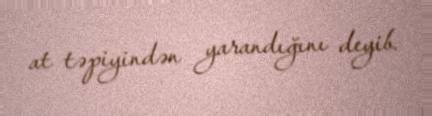
at təpiyindən yarandığını deyib.